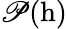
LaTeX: \mathscr{P}(\mathrm{{h}})